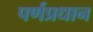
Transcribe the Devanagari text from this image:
पर्णप्रधान